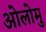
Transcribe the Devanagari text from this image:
ओलोमु